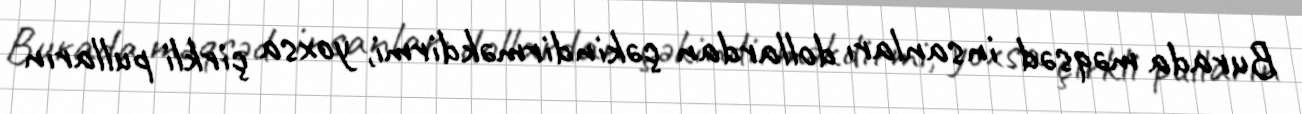
Burada məqsəd insanları dollardan çəkindirməkdirmi, yoxsa çirkli pulların